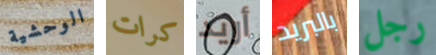
الوحشية كرات أريد بالبريد رجل